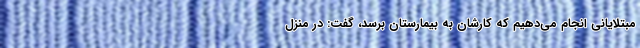
مبتلایانی انجام می‌دهیم که کارشان به بیمارستان برسد، گفت: در منزل